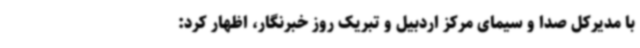
با مدیرکل صدا و سیمای مرکز اردبیل و تبریک روز خبرنگار، اظهار کرد: